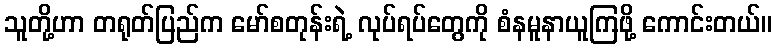
သူတို့ဟာ တရုတ်ပြည်က မော်စတုန်းရဲ့ လုပ်ရပ်တွေကို စံနမူနာယူကြဖို့ ကောင်းတယ်။